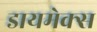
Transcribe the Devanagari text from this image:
डायमेक्स